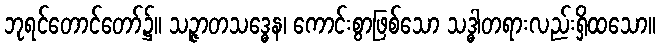
ဘုရင်တောင်တော်၌။ သဉ္ဇာတသဒ္ဓေန၊ ကောင်းစွာဖြစ်သော သဒ္ဓါတရားလည်းရှိထသော။